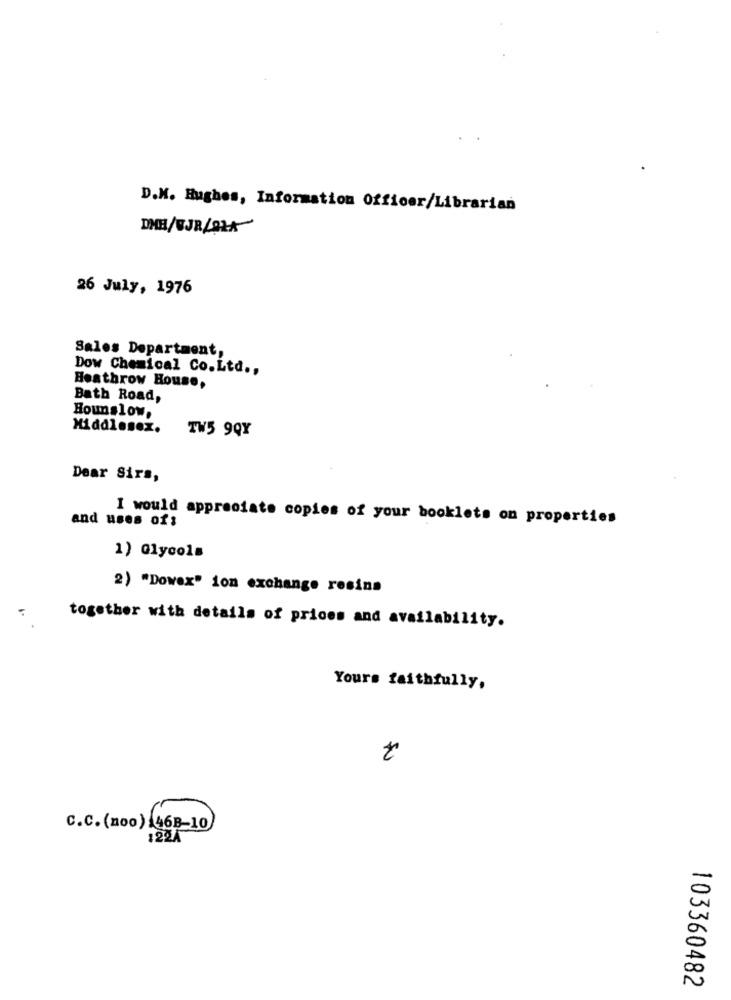
D.M. Hughes, Information Officer/Librarian
DMH/BJR/014
26 July, 1976
Sales Department,
Dow Chemical Co.Ltd .,
Heathrow House,
Bath Road,
Hounslow.
Middlesex.
TW5 9QY
Dear Sirs,
and uses of;
I would appreciate copies of your booklets on properties
1) Glycols
2) "Dowex" ion exchange resina
together with details of prices and availability.
Yours faithfully,
t
C.C. (noo) 46B-10
103360482